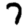
Digit: 7